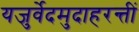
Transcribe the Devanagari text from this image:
यजुर्वेदमुदाहरन्तीं